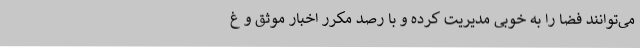
می‌توانند فضا را به خوبی مدیریت کرده و با رصد مکرر اخبار موثق و غ